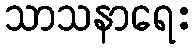
သာသနာရေး